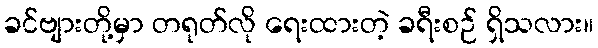
ခင်ဗျားတို့မှာ တရုတ်လို ရေးထားတဲ့ ခရီးစဉ် ရှိသလား။